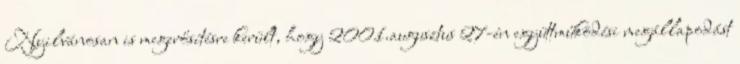
Nyilvánosan is megerősítésre került, hogy 2001.augusztus 27-én együttműködési megállapodást